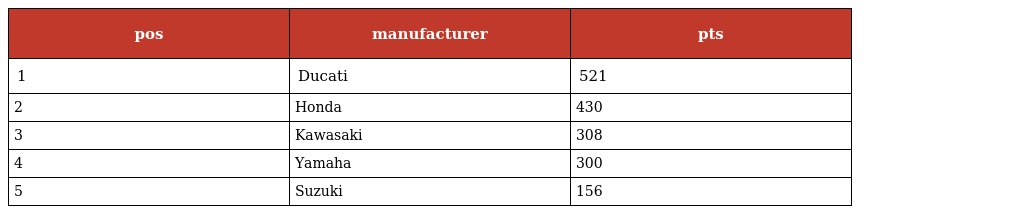
| pos | manufacturer | pts |
 | --- | --- | --- |
 | 1 | Ducati | 521 |
 | 2 | Honda | 430 |
 | 3 | Kawasaki | 308 |
 | 4 | Yamaha | 300 |
 | 5 | Suzuki | 156 |